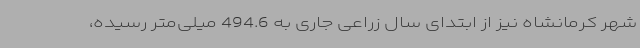
شهر کرمانشاه نیز از ابتدای سال زراعی جاری به 494.6 میلی‌متر رسیده،